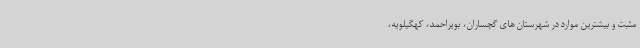
مثبت و بیشترین موارد در شهرستان های گچساران، بویراحمد، کهگیلویه،